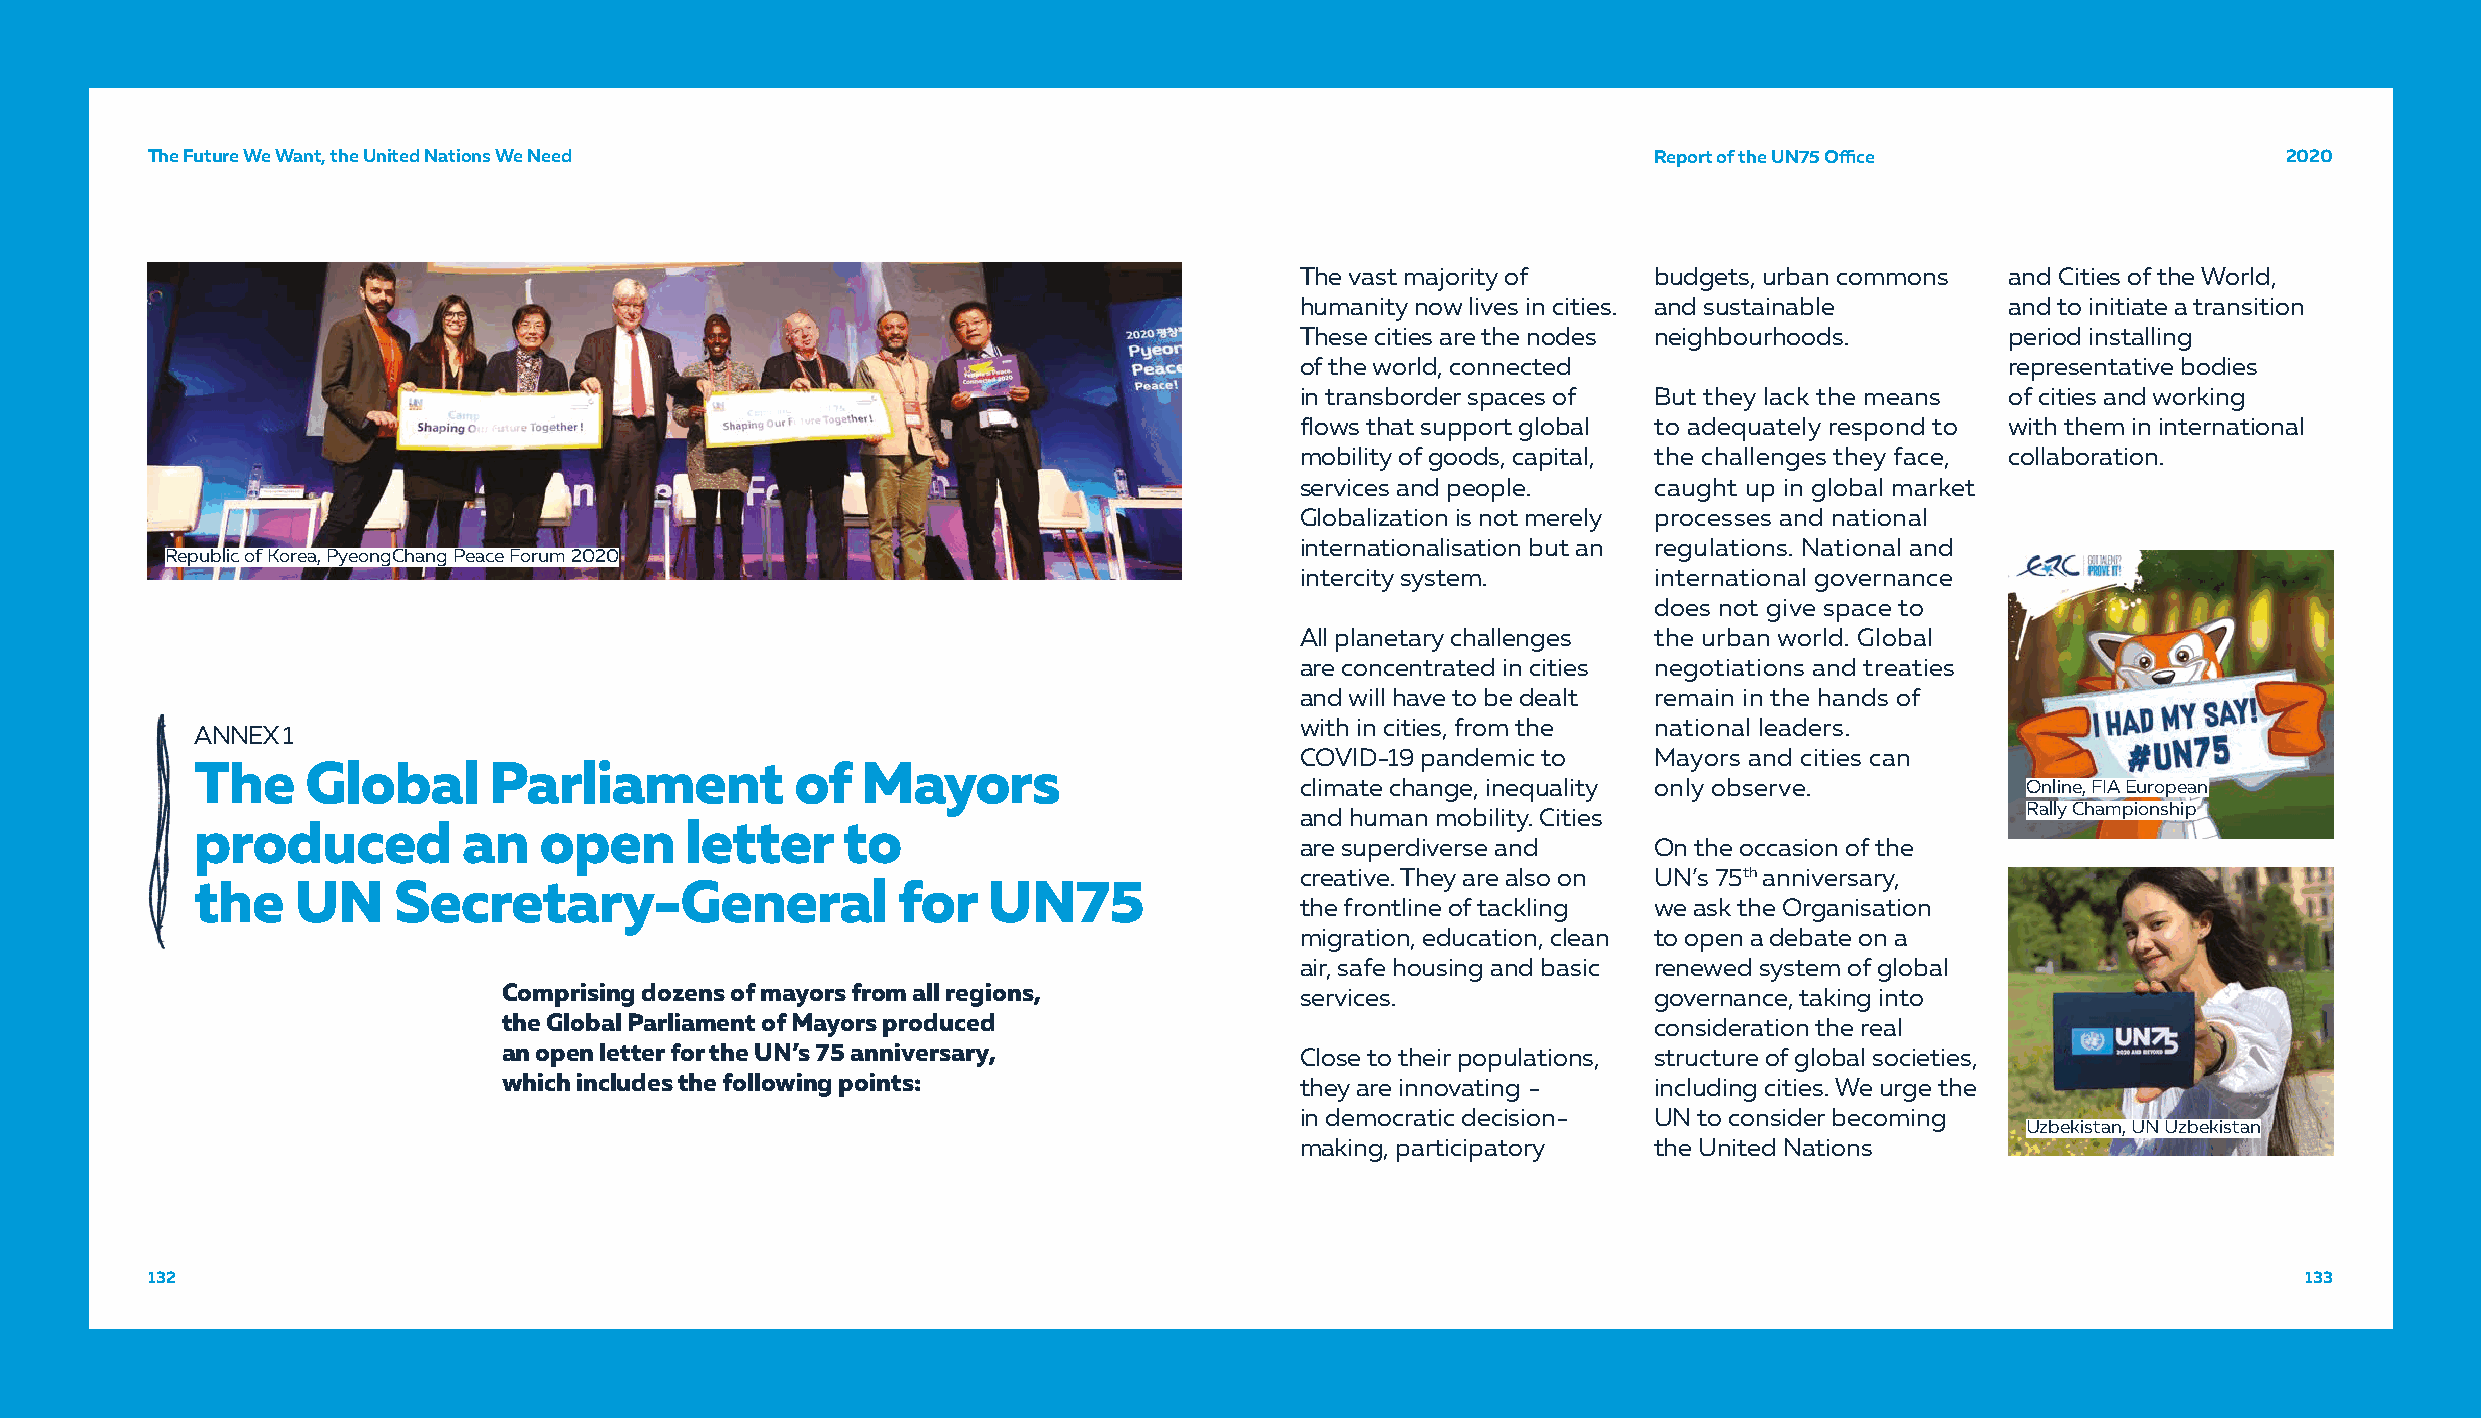
TThhee FFuuttuurree WWee WWaanntt,, tthhee UUnniitteedd NNaattiioonnss WWee NNeeeedd               RRReeepppooorrrttt ooofff ttthhheee UUUNNN777555 OOOffiffifficcceee 222000222000
 The vast majority of   budgets, urban commons  and Cities of the World,
 humanity now lives in cities. and sustainable  and to initiate a transition
 These cities are the nodes neighbourhoods.     period installing
 of the world, connected                        representative bodies
 in transborder spaces of But they lack the means of cities and working
 flows that support global to adequately respond to with them in international
 mobility of goods, capital, the challenges they face, collaboration.
 services and people.   caught up in global market
 Globalization is not merely processes and national
 internationalisation but an regulations. National and
 Republic of Korea, PyeongChang Peace Forum 2020
 intercity system.      international governance
 does not give space to
 All planetary challenges the urban world. Global
 are concentrated in cities negotiations and treaties
 and will have to be dealt remain in the hands of
 with in cities, from the national leaders.
 ANNEX 1
 COVID-19 pandemic to   Mayors and cities can
 The    Global      Parliament           of  Mayors
 climate change, inequality only observe.        Online, FIA European
 and human mobility. Cities                      Rally Championship
 produced          an   open     letter     to
 are superdiverse and   On the occasion of the
 creative. They are also on UN’s 75th anniversary,
 the    UN    Secretary-General                for   UN75
 the frontline of tackling we ask the Organisation
 migration, education, clean to open a debate on a
 air, safe housing and basic renewed system of global
 Comprising dozens of mayors from all regions,        services.              governance, taking into
 the Global Parliament of Mayors produced                                    consideration the real
 an open letter for the UN’s 75 anniversary,          Close to their populations, structure of global societies,
 which includes the following points:                 they are innovating -  including cities. We urge the
 in democratic decision- UN to consider becoming
 Uzbekistan, UN Uzbekistan
 making, participatory  the United Nations
 113322                                                                                                                                         113333